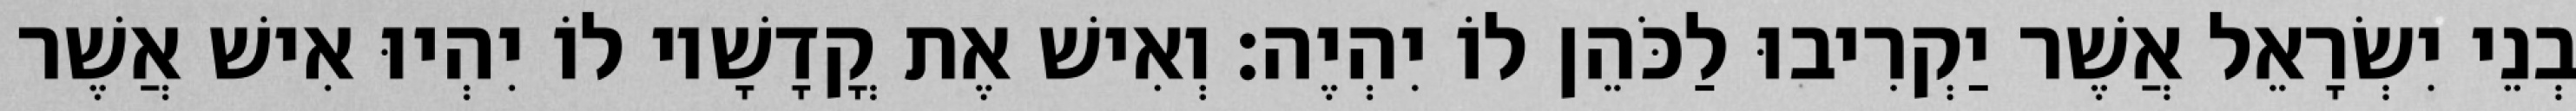
בְנֵי יִשְׂרָאֵל אֲשֶׁר יַקְרִיבוּ לַכֹּהֵן לוֹ יִהְיֶה׃ וְאִישׁ אֶת קֳדָשָׁיו לוֹ יִהְיוּ אִישׁ אֲשֶׁר